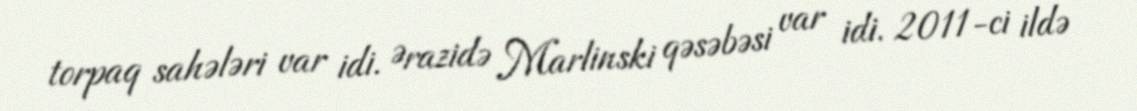
torpaq sahələri var idi. Ərazidə Marlinski qəsəbəsi var idi. 2011-ci ildə